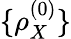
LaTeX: \{ \rho_{X}^{(0)}\}